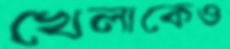
খেলাকেও